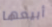
أبيعها